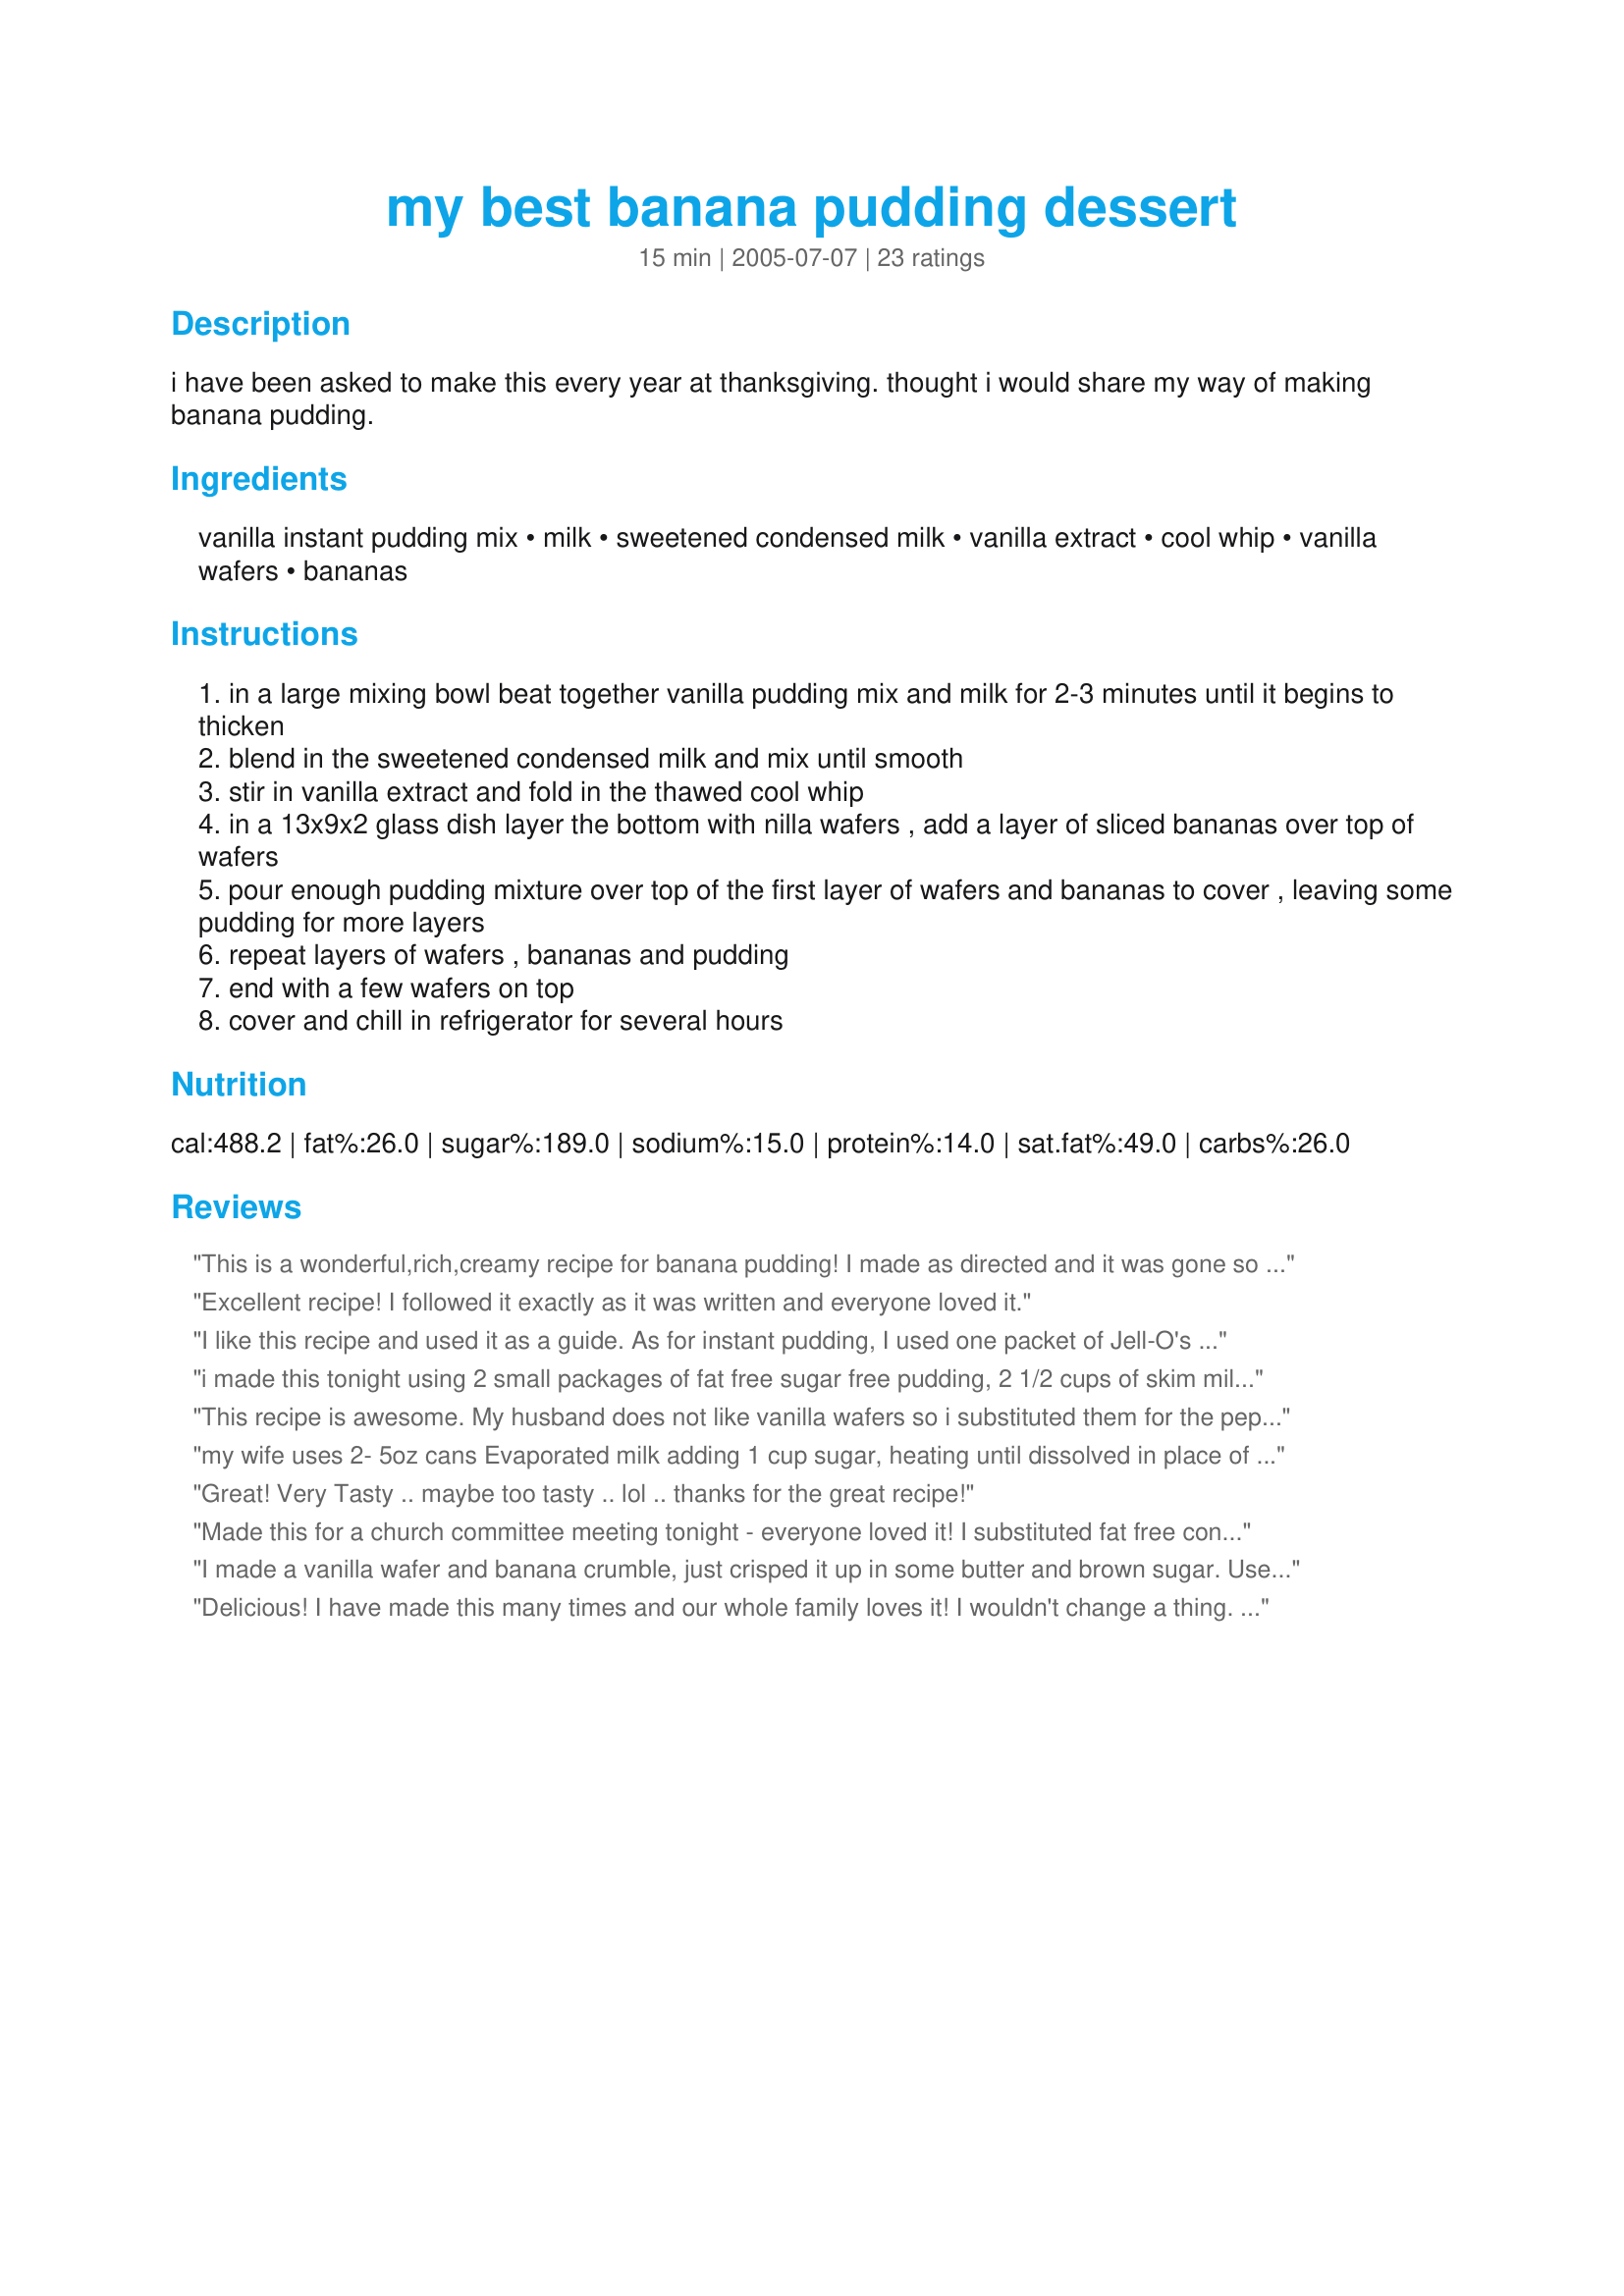
my best banana pudding dessert
Preparation time: 15 minutes

i have been asked to make this every year at thanksgiving. thought i would share my way of making banana pudding.

Ingredients:
vanilla instant pudding mix, milk, sweetened condensed milk, vanilla extract, cool whip, vanilla wafers, bananas

Steps:
in a large mixing bowl beat together vanilla pudding mix and milk for 2-3 minutes until it begins to thicken
blend in the sweetened condensed milk and mix until smooth
stir in vanilla extract and fold in the thawed cool whip
in a 13x9x2 glass dish layer the bottom with nilla wafers , add a layer of sliced bananas over top of wafers
pour enough pudding mixture over top of the first layer of wafers and bananas to cover , leaving some pudding for more layers
repeat layers of wafers , bananas and pudding
end with a few wafers on top
cover and chill in refrigerator for several hours

Reviews:
This is a wonderful,rich,creamy recipe for banana pudding! I made as directed and it was gone so fast that I couldn't even take a picture. Thanks so much for posting! This will be my go to recipe for banana pudding from now on.
Excellent recipe! I followed it exactly as it was written and everyone loved it.
I like this recipe and used it as a guide. As for instant pudding, I used one packet of Jell-O's Simply Good Vanilla Bean. I also made my own whipped cream in place of Cool Whip --with 8oz heavy whipping cream, 2 Tbsp sugar and splash of vanilla -- cold bowl and balloon whisk -- very easy and isn't 15 ingredients! I followed the procedure and let it chill over night. I just tasted it and I feel it is sickeningly sweet. I wish I had used just half the can of sweetened condensed milk. As for texture, it is pudding-like (not soupy at all) and quite nice. Even with less condensed milk, I think the texture will still be great. Thank you for sharing your recipe!
i made this tonight using 2 small packages of fat free sugar free pudding, 2 1/2 cups of skim milk, regular s-c milk, cool whip free, reduced fat nilla wafers, and 8 bananas. it filled 2 8x8 pans perfectly. tastes WONDERFUL. just exactly right. next time i think i would layer so that some nilla wafers end up on top. thanks so much!!!!
This recipe is awesome. My husband does not like vanilla wafers so i substituted them for the pepperidge farm chessman cookies
my wife uses 2- 5oz cans Evaporated milk adding 1 cup sugar, heating until dissolved in place of sweetened condensed milk. She also uses 2 tubs of whip topping, 1 just for the top, helps cut some of the sweetness from the pudding
Great! Very Tasty .. maybe too tasty .. lol .. thanks for the great recipe! 

Made this for a church committee meeting tonight - everyone loved it! I substituted fat free condensed milk and lite cool whip and it was still luscious and decadent. Thank you for sharing your recipe!
I made a vanilla wafer and banana crumble, just crisped it up in some butter and brown sugar. Used regular milk with a half cup of cream to whip the pudding. Grandkids love it. ??
Delicious! I have made this many times and our whole family loves it! I wouldn't change a thing. It turns out perfect everytime.
Best banana pudding I have ever had! Have been making it with your recipe for a few years now. Thank you for sharing it!!!
I love this recipe. I made a few changes: I had 8oz softened cream cheese (beaten with the milk before I put the pudding in) I used sugar free pudding, and left out the sweetened condensed milk and used an extra 3/4-1c milk. It is DIVINE!! Thick and creamy
Very delicious!!!!
The finished product looked very inviting, and it tasted great as well. However, I do believe it's too sweet. But all in all, it's a great recipe.
I used the large box of vanilla pudding. That along with the extra cup of milk pudding calls for, made this recipe where it was not too sweet. I also used more cookies and bananas and a large container cool whip, half in recipe, half on top.
This was fantastic! I made a batch in the morning before some family members came to visit, and by the end of the evening the dish was cleaned out!. The sweetened condensed milk really made a difference; the pudding was very rich and creamy.
Made it for our small group...it was a hit! EVERYBODY loved it!
This is a great banana pudding! Everyone loved it, I think it is a little too sweet with the sweetened condensed milk. I used banana pudding instead of vanilla.
I didn&#039;t have sweetened condensed milk, so I substituted evaporated milk with half a cup of sugar. It was the best I have had :D

Great Recipe!!
Easy to follow recipe for a very rich dessert. Thumbs up.
This is outrageously delicious. I "dug in" after an hour, but the cookies were still crunchy. Now the next morning when I "tested" it, it was divine, almost like a banana tiramisu. I did use lite Cool Whip and fat freee condensed milk. Thanks for a fabulous recipe, Marcia.
Roxygirl in Colorado
Really good and very easy. It's like my go to recipe with the addition of the sweetened condensed milk. Mine did not firm up well - no soupy but definitely does not look like the photos. Regardless, it's pudding so it's all good!! Next time I will add more Nilla wafers to make it stand up a bit more. By accident I picked up a box of the little wafers rather than the normal size. That may have been the issue with consistency.
Made 8 recipes of this for an event where we were feeding 150 people. It was the HIT of the event! I am making it again for Thanksgiving, as it has been requested already! Total keeper!
